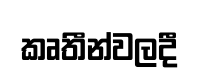
කෘතීන්වලදී